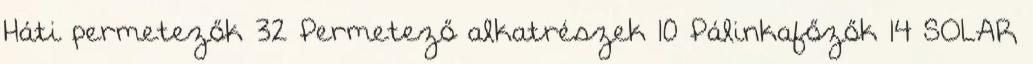
Háti permetezők 32 Permetező alkatrészek 10 Pálinkafőzők 14 SOLAR